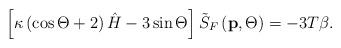
LaTeX: \begin{align*}\left[ \kappa \left( \cos \Theta +2\right) \hat{H}-3\sin \Theta \right] \tilde{S}_F\left( \mathbf{p},\Theta \right) =-3T\beta .\end{align*}